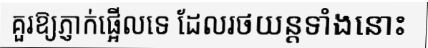
គួរឱ្យភ្ញាក់ផ្អើលទេ ដែលរថយន្តទាំងនោះ